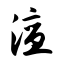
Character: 澶